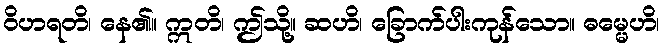
ဝိဟရတိ၊ နေ၏။ ဣတိ၊ ဤသို့။ ဆဟိ၊ ခြောက်ပါးကုန်သော။ ဓမ္မေဟိ၊